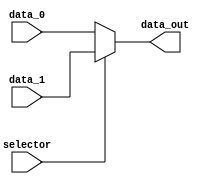
module mux_LoadBMem(
    input wire selector,
    input wire [31:0] data_0,
    input wire [31:0] data_1,
    output wire [31:0] data_out
);

    assign data_out = (selector) ? data_1 : data_0; 
    
endmodule